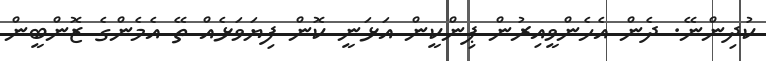
ކުދިންނޭ. ދެން އެހެންވީއިރުން ޕިންކީން އަޅަނީ ކޮން ފިޔަވަޅެއް ތޭ އެމެންގެ ޒޮންބީން